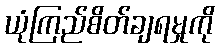
ယုံကြည်စိတ်ချရမှုကို